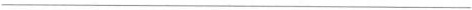
___